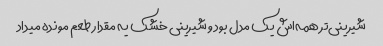
شیرینی‌تر همه‌اش یک مدل بود و شیرینی خشک یه مقدار طعم مونده میداد